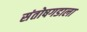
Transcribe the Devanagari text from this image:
संतोषगडाला